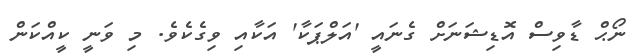
ނޯޙް ޑާވިސް އޮޑިޝަނަށް ގެނައީ 'އަލްޕަކާ' އަކާއި ވިގެކެވެ. މި ވަނީ ކީއްކަން